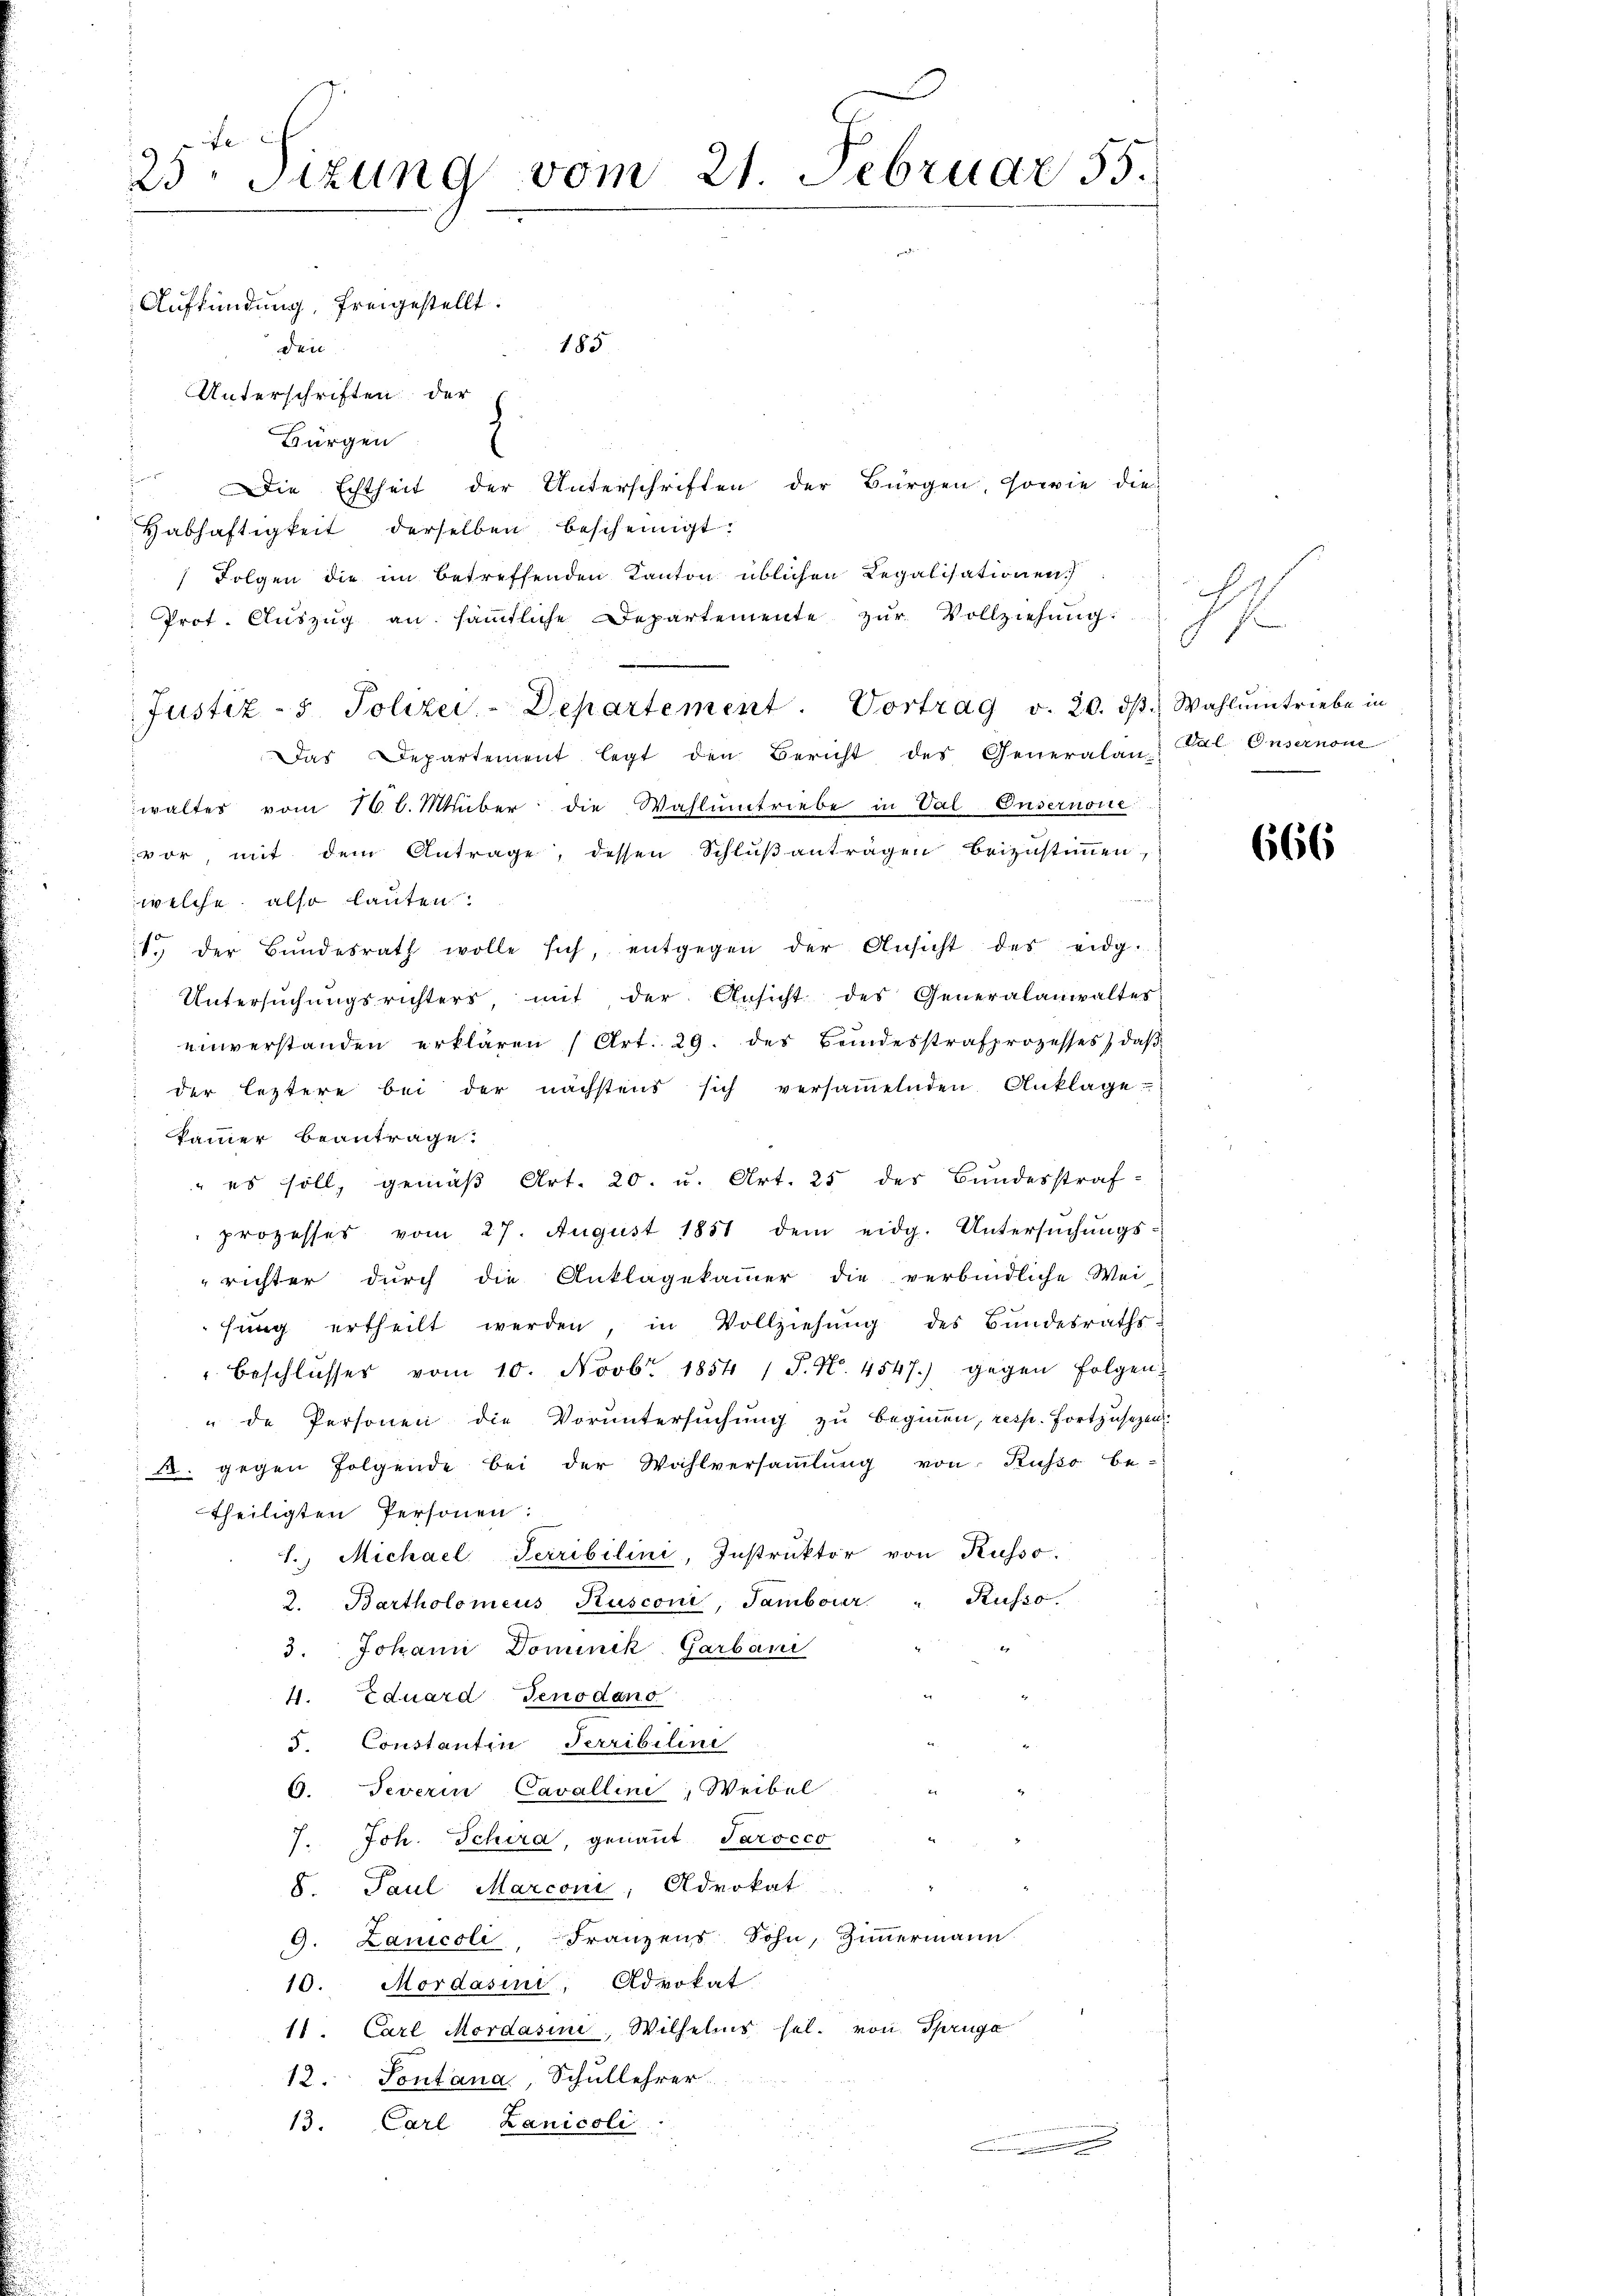
te
25. Sizung vom 21. Februar 55.

Aufkündung, freigestellt.

185
den
Unterschriften der
Bürgen
Die Echtheit der Unterschriften der Bürgen, sowie die
Habhaftigkeit derselben bescheinigt:
Folgen die im betreffenden Kanton üblichen Legalisationen
Prot. Aŭszŭg an sämtliche Departemente zŭr Vollziehŭng.
.
Justiz- & Polizei-Departement. Vortrag v. 20. dβ. Wahlŭmtriebe in
Das Departement legt den Bericht des Generalan Val Onsernom
waltes vom 16 l. Müber die Wahlumtriebe in Val-Ensernome
vor, mit dem Antrage, dessen Schlŭβanträgen beizustimmen,
welche also lauten:
1. der Bŭndesrath wolle sich, entgegen der Ansicht des eidg.
Untersŭchŭngsrichters, mit der Ansicht des Generalanwaltes
einverstanden erklären (Art. 29. des Bundesstrafprozesses, daβ
der leztere bei der nächstens sich versaṁelnden Anklage
kammer beantrage.
" es soll, gemäβ Art. 20. u. Art. 25 des Bundesstraf-
prozesses vom 27. August 1851 dem eidg. Untersŭchŭngs-
richter durch die Anklagekammer die verbindliche Wei-
hung ertheilt werden, in Vollziehŭng des Bundesraths-
Beschlŭsses vom 10. Novbr. 1854 1 S. N. 4547.) gegen folgen.
de Personen die Voruntersuchung zu beginnen, resp. Fortzusetzen
3. gegen folgende bei der Wahlversaṁlŭng von Russo be-
theiligten Personen:
1.) Michael Terribilini, Instruktor von Kusso.
2. Bartholomeus Kusconi, Tambour " Kusso.
3. Johann Dominik Garbani
4. Eduard Fenodano
5. Constantin Terribilini
9. Severin Cavallini, Weibel
7. Joh. Schira, genannt Parocco
8. Paul Marconi, Advokat
9. Lanicoli, Franzens Sohn, Zimmermann
10. Mordasini, Advokat
18. Carl Mordasin, Wilhelms sel. von Sprüge
12. Sontana, Schullehrer
13. Carl Lanicoli
.

s
.

666